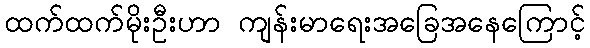
ထက်ထက်မိုးဦးဟာ ကျန်းမာရေးအခြေအနေကြောင့်